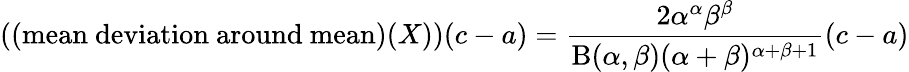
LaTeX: ({\mathrm{(mean~deviation~around~mean)}}(X))(c-a)={\frac{2\alpha^{\alpha}\beta^{\beta}}{\mathrm{B}(\alpha,\beta)(\alpha+\beta)^{\alpha+\beta+1}}}(c-a)